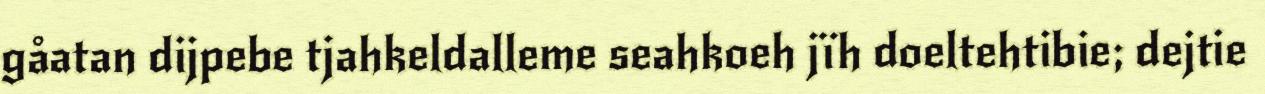
gåatan dijpebe tjahkeldalleme seahkoeh jïh doeltehtibie; dejtie